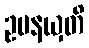
ဥပနယှတိ